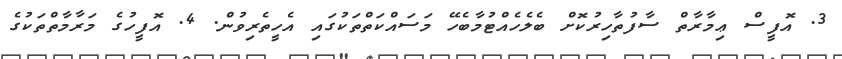
3. އޮފީސް ޢިމާރާތް ސާފުތާހިރުކޮށް ބެލެހެއްޓުމާބެހޭ މަސައްކަތްތަކުގައި އެހީތެރިވުން. 4. އޮފީހުގެ މަރާމާތްތަކުގެ